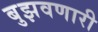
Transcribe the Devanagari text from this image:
बुझवणारी